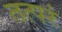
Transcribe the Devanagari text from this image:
तत्परं